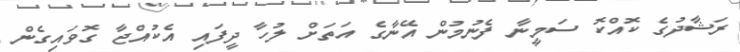
ރަޝާދުގެ ކޮއްކޮ ސަމީނާ ފެނުމުން އޭނާގެ އަތަށް ލުހާ ދީފައި އެކުއްޖާ ގޮވައިގެން